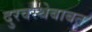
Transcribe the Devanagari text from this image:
दुरवस्थेबाबत